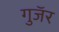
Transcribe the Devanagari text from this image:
गुजॅर